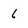
Character: 6